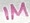
Text: 1M